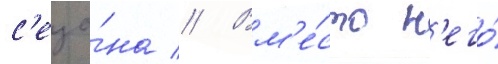
с'езо́на // Вм'е́сто н'его́